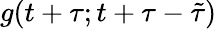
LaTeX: g(t+\tau;t+\tau-\tilde{\tau})